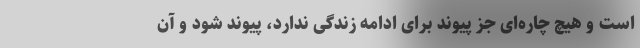
است و هیچ چاره‌ای جز پیوند برای ادامه زندگی ندارد، پیوند شود و آن